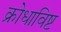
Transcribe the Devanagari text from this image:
क्रोधाविष्ट